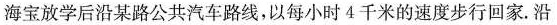
海宝放学后沿某路公共汽车路线，以每小时4千米的速度步行回家.沿